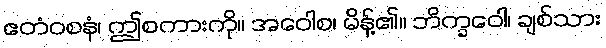
ဧတံဝစနံ၊ ဤစကားကို။ အဝေါစ၊ မိန့်၏။ ဘိက္ခဝေါ၊ ချစ်သား